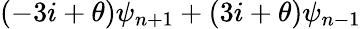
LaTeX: \left(-3i+\theta\right)\psi_{n+1}+\left(3i+\theta\right)\psi_{n-1}